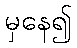
မှနေ၍